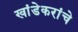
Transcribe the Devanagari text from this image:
खांडेकरांचे